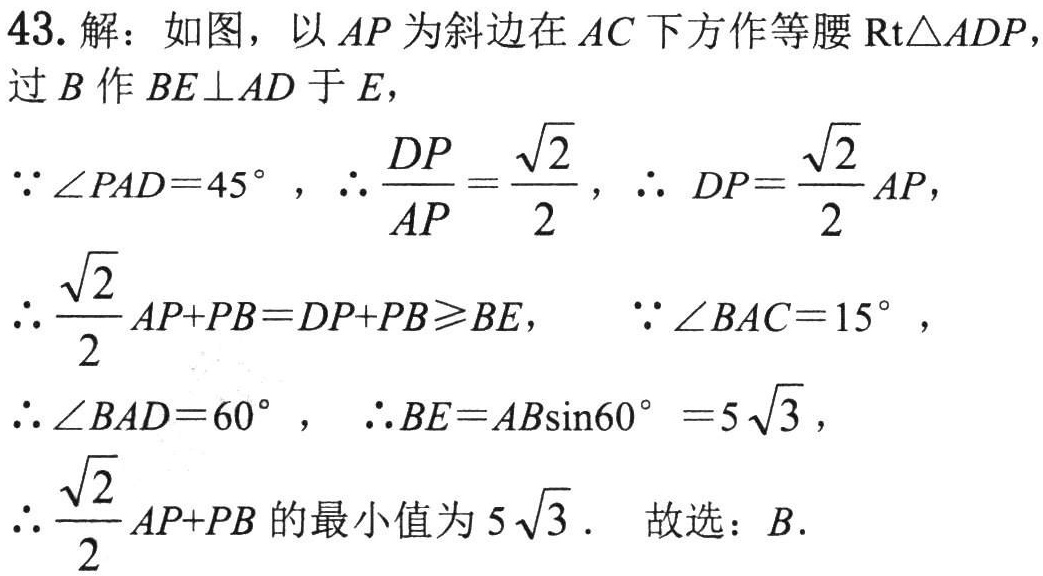
43. 解：如图，以 \(AP\) 为斜边在 \(AC\) 下方作等腰 \(\text{Rt}\triangle ADP\)，
过 \(B\) 作 \(BE\perp AD\) 于 \(E\)，
\(\because\angle PAD = 45^{\circ}\)，\(\therefore\frac{DP}{AP}=\frac{\sqrt{2}}{2}\)，\(\therefore DP = \frac{\sqrt{2}}{2}AP\)，
\(\therefore\frac{\sqrt{2}}{2}AP + PB=DP + PB\geqslant BE\)， \(\because\angle BAC = 15^{\circ}\)，
\(\therefore\angle BAD = 60^{\circ}\)， \(\therefore BE = AB\sin60^{\circ}=5\sqrt{3}\)，
\(\therefore\frac{\sqrt{2}}{2}AP + PB\) 的最小值为 \(5\sqrt{3}\)． 故选：\(B\)．